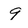
Character: 9